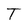
Character: T